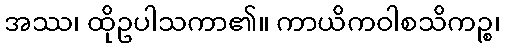
အဿ၊ ထိုဥပါသကာ၏။ ကာယိကဝါစသိကဉ္စ၊